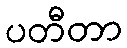
ပတီတာ